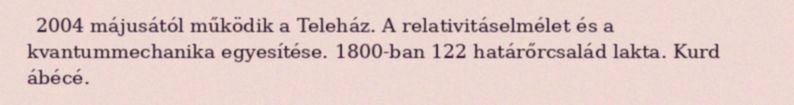
2004 májusától működik a Teleház. A relativitáselmélet és a kvantummechanika egyesítése. 1800-ban 122 határőrcsalád lakta. Kurd ábécé.